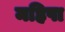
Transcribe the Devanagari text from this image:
महिषा